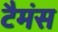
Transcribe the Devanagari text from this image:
टैमंस